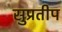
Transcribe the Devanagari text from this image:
सुप्रतीप